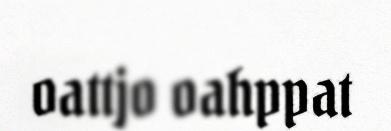
oattjo oahppat